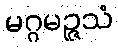
မဂ္ဂမဉ္ဇသံ